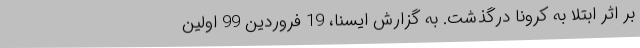
بر اثر ابتلا به کرونا درگذشت. به گزارش ایسنا، 19 فروردین 99 اولین